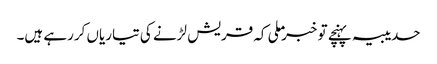
حدیبیہ پہنچے تو خبر ملی کہ قریش لڑنے کی تیاریاں کررہے ہیں۔